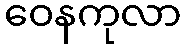
ဝေနကုလာ